Indian journal of veterinary science and animal husbandry - Volume 12,
Year: 1942
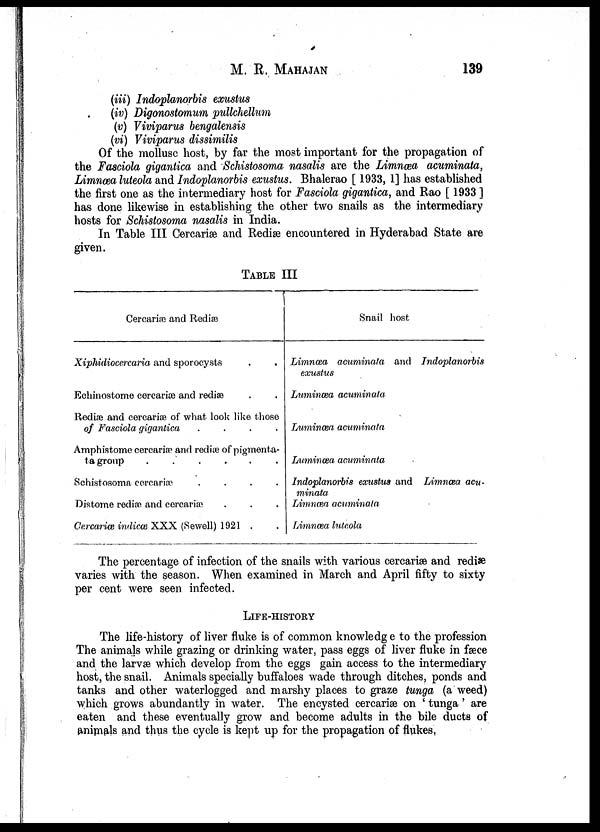
M. R. MAHAJAN 139
(iii) Indoplanorbis exustus
(iv) Digonostomum pullchellum
(v) Viviparus bengalensis
(vi) Viviparus dissimilis
Of the mollusc host, by far the most important for the propagation of
the Fasciola gigantica and Schistosoma nasalis are the Limnœa acuminata,
Limnæa luteola and Indoplanorbis exustus. Bhalerao [ 1933, 1] has established
the first one as the intermediary host for Fasciola gigantica, and Rao [ 1933 ]
has done likewise in establishing the other two snails as the intermediary
hosts for Schistosoma nasalis in India.
In Table III Cercariæ and Rediæ encountered in Hyderabad State are
given.
TABLE III
Cercariae and Rediæ
Xiphidiocercaria and sporocysts . .
Echinostome cercariæ and rediæ . .
Rediae and cercariae of what look like those
of Fasciola gigantica .
.
.
.
Amphistome cercariae and rediae of pigmenta-
ta group
.
.
.
.
.
Schistosoma cercariæ .
.
.
.
Distome rediae and cercariæ
Cercaria indicœ XXX (Sewell) 1921 . .
Snail host
Limnaea acuminata and Indoplanorbis
exustus
Luminœa acuminata
Luminœa acuminata
Luminœa acuminata
Indoplanorbis exustus and Limnaea acu-
minata.
Limnæa acuminata
Limnœa luteola
The percentage of infection of the snails with various cercariæ and rediæ
varies with the season. When examined in March and April fifty to sixty
per cent were seen infected.
LIFE-HISTORY
The life-history of liver fluke is of common knowledge to the profession
The animals while grazing or drinking water, pass eggs of liver fluke in fæce
and the larvæ which develop from the eggs gain access to the intermediary
host, the snail. Animals specially buffaloes wade through ditches, ponds and
tanks and other waterlogged and marshy places to graze tunga (a weed)
which grows abundantly in water. The encysted cercariæ on ' tunga' are
eaten and these eventually grow and become adults in the bile ducts of
animals and thus the cycle is kept up for the propagation of flukes.